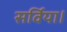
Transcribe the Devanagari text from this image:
सर्विया।